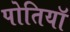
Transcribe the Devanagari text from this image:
पोतियाॅ